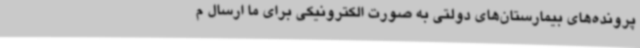
پرونده‌های بیمارستان‌های دولتی به صورت الکترونیکی برای ما ارسال م